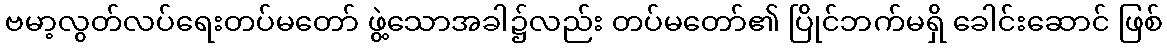
ဗမာ့လွတ်လပ်ရေးတပ်မတော် ဖွဲ့သောအခါ၌လည်း တပ်မတော်၏ ပြိုင်ဘက်မရှိ ခေါင်းဆောင် ဖြစ်